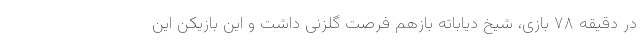
در دقیقه ۷۸ بازی، شیخ دیاباته بازهم فرصت گلزنی داشت و این بازیکن این